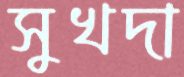
সুখদা